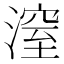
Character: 潌